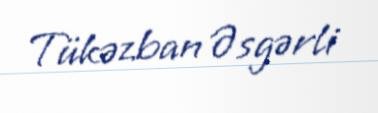
Tükəzban Əsgərli